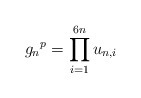
\begin{align*}{g_n}^p=\prod_{i=1}^{6n} u_{n,i}\end{align*}